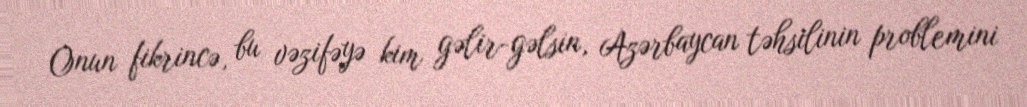
Onun fikrincə, bu vəzifəyə kim gəlir-gəlsin, Azərbaycan təhsilinin problemini